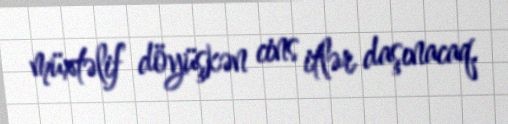
müxtəlif döyüşkən cins itlər daşınacaq.